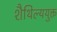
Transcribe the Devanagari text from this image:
शैथिल्ययुक्त